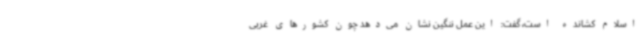
اسلام کشانده است، گفت: این عمل ننگین نشان می‌دهد چون کشورهای غربی